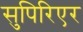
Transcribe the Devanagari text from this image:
सुपिरिएर